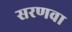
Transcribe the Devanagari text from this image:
सरणवा